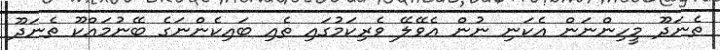
ތެނަދޫ މީހިންނަން އެކަނި ނުން އެވޭލޭ ވެރިކަމުގައި ތެއި ބައިކެންނަގެ ބޭނުމައްކޫ ތެނަދޫ